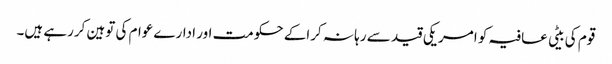
قوم کی بیٹی عافیہ کو امریکی قید سے رہا نہ کراکے حکومت اور ادارے عوام کی توہین کررہے ہیں۔